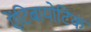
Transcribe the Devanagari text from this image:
एेंटिबायोटिक